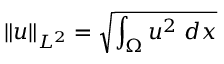
\| u \| _ { L ^ { 2 } } = \sqrt { \int _ { \Omega } u ^ { 2 } \ d x }